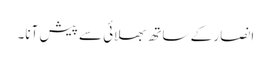
انصار کے ساتھ بھلائی سے پیش آنا۔